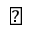
\bigtriangledown